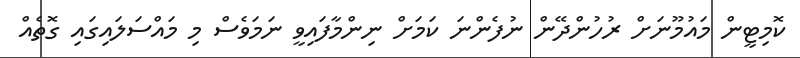
ކޮމިޓީން މައުމޫނަށް ރުހުންދޭން ނުފެންނަ ކަމަށް ނިންމާފައިވީ ނަމަވެސް މި މައްސަލައިގައި ގޮތެއް